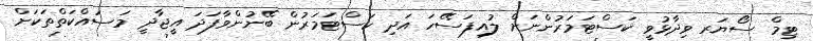
ޓިމް ސޯޔަރ ވިދާޅުވީ ކަސްޓަމަރުންނަށް ލުއިފަސޭހަ އަދި ކަސްޓަމަރުން ބޭނުންވާފަދަ އީޖާދީ މަސައްކަތްތަކަށް